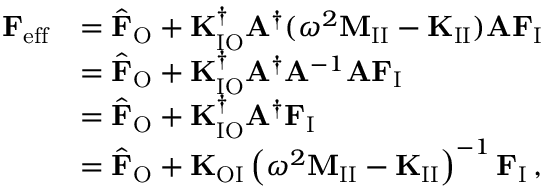
\begin{array} { r l } { \mathbf { F } _ { \mathrm { e f f } } } & { = \hat { \mathbf { F } } _ { \mathrm { O } } + \mathbf { K } _ { \mathrm { I O } } ^ { \dagger } \mathbf { A } ^ { \dagger } ( \omega ^ { 2 } \mathbf { M } _ { \mathrm { I I } } - \mathbf { K } _ { \mathrm { I I } } ) \mathbf { A } \mathbf { F } _ { \mathrm { I } } } \\ & { = \hat { \mathbf { F } } _ { \mathrm { O } } + \mathbf { K } _ { \mathrm { I O } } ^ { \dagger } \mathbf { A } ^ { \dagger } \mathbf { A } ^ { - 1 } \mathbf { A } \mathbf { F } _ { \mathrm { I } } } \\ & { = \hat { \mathbf { F } } _ { \mathrm { O } } + \mathbf { K } _ { \mathrm { I O } } ^ { \dagger } \mathbf { A } ^ { \dagger } \mathbf { F } _ { \mathrm { I } } } \\ & { = \hat { \mathbf { F } } _ { \mathrm { O } } + \mathbf { K } _ { \mathrm { O I } } \left( \omega ^ { 2 } \mathbf { M } _ { \mathrm { I I } } - \mathbf { K } _ { \mathrm { I I } } \right) ^ { - 1 } \mathbf { F } _ { \mathrm { I } } \, , } \end{array}